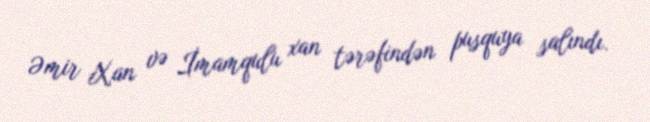
Əmir Xan və İmamqulu xan tərəfindən pusquya salındı.